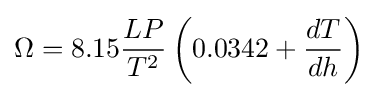
\Omega =8.15{\frac {LP}{T^{2}}}\left(0.0342+{\frac {dT}{dh}}\right)